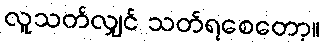
လူသတ်လျှင် သတ်ရစေတော့။